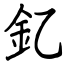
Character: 釔